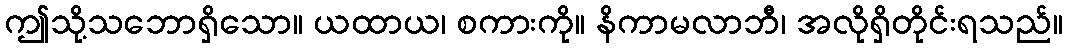
ဤသို့သဘောရှိသော။ ယထာယ၊ စကားကို။ နိကာမလာဘီ၊ အလိုရှိတိုင်းရသည်။